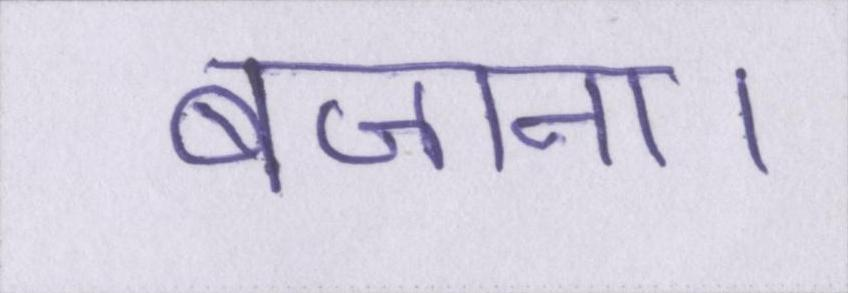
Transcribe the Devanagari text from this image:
बजाना।